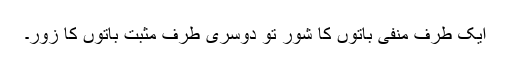
ایک طرف منفی باتوں کا شور تو دوسری طرف مثبت باتوں کا زور۔